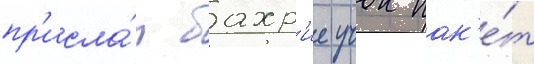
пр'исла́л бахр'ие учок пак'е́т